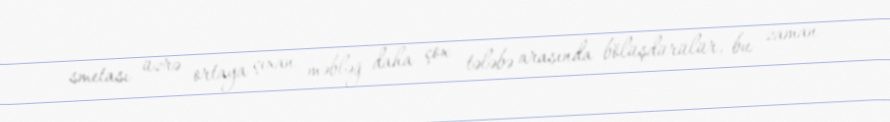
smetası üzrə ortaya çıxan məbləğ daha çox tələbə arasında bölüşdürülür, bu zaman